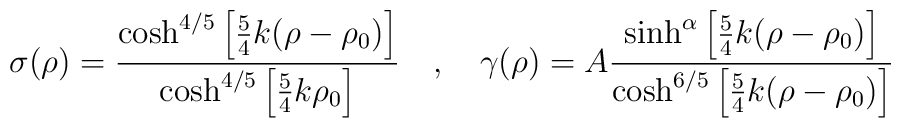
\sigma(\rho)=\frac{\cosh^{4/5}\left[{5 \over 4}k (\rho-\rho_0) \right]}{\cosh^{4/5}\left[{5 \over 4}k\rho_0 \right]} ~~~,~~~\gamma(\rho)=A\frac{\sinh^{\alpha}\left[{5 \over 4}k  (\rho-\rho_0) \right]}{\cosh^{6/5}\left[{5 \over 4}k  (\rho-\rho_0) \right]}